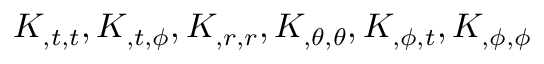
K _ { , t , t } , K _ { , t , { \phi } } , K _ { , r , r } , K _ { , { \theta } , { \theta } } , K _ { , { \phi } , t } , K _ { , { \phi } , { \phi } }